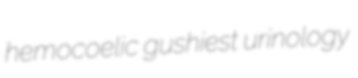
hemocoelic gushiest urinology